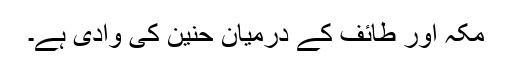
مکہ اور طائف کے درمیان حنین کی وادی ہے۔